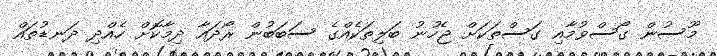
މޫސުން ގޯސްވުމާއި ގަސްތަކަށް ޖެހުނު ބަލިތަކެއްގެ ސަބަބުން ރޯދައާ ދިމާކޮށް ހެއްދި ދަނޑުތައް